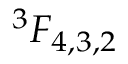
^ 3 F _ { 4 , 3 , 2 }